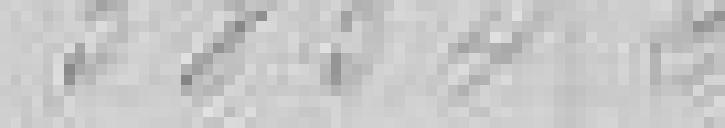
5 854,20